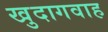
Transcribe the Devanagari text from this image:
खुदागवाह